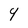
Character: Y